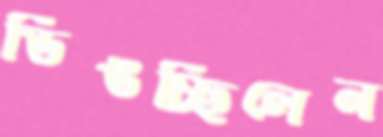
ডিঙচ্ছিলেন